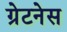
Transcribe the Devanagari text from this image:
ग्रेटनेस